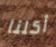
أكلنا